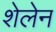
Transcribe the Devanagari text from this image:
शेलेन